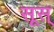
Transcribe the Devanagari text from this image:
सूस्